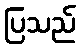
ပြသည်